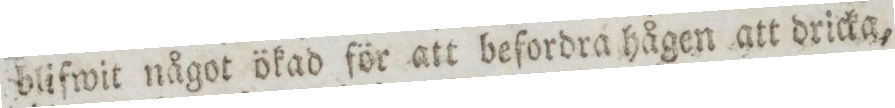
blifwit något ökad för att beſordra hågen att dricka,